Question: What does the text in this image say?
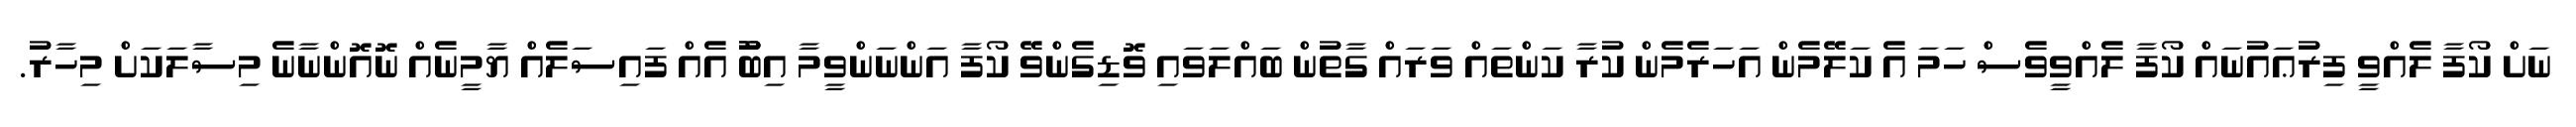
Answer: ނަށް ކޯފާ ލެއްވީ ފިރުޢައުނައް ކޯފާ ލެއްވީވެސް ހަމަ އެ ކަލޭމެން އަހަރެމެން ކުރާ ކަންތައް ވަރައް ގާތުން ބައްލަވައި ވޮޑިގެންވޭ ކޯފާ އަންނަންވީމާ އިބޫު އެއް ފައިސަލެއް ޔާމީނެއް ނޮއޮންނާނެ މިސާލަކަށް މިހާރު.